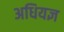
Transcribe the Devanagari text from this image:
अधियज्ञ